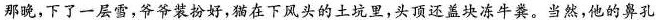
那晚，下了一层雪，爷爷装扮好，猫在下风头的上坑里，头顶还盖块冻牛粪。当然，他的鼻孔